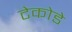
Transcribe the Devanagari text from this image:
टेकोडे